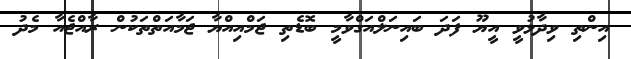
އިންތި ވިދާޅުވީ އީޔޫ ފަދަ ބައިނަލްއަގްވާމީ ބޮޑެތި ޖަމްއިއްޔާ ޖަމާއަތްތަކުން ރާއްޖެއާ މެދު